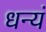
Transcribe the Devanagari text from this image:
धन्यं